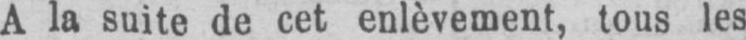
A la suite de cet enlèvement, tous les